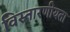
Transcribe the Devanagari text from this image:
विस्तारणीयता